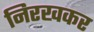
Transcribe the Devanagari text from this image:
निरखकर